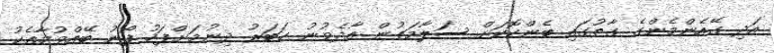
އަދި ގޭއެންމެންގެ ގާތުގައި ބެންކޮކަށް ސަލާމަތުން އާދެވުނު ހަބަރު ދިނުމަށްފަހު ފޯނު ބޭއްވުމާއެކު